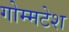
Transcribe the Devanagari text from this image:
गोम्मटेश